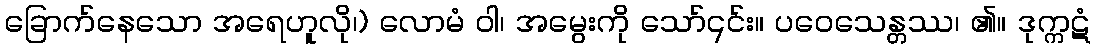
ခြောက်နေသော အရေဟူလို၊) လောမံ ဝါ၊ အမွေးကို သော်၎င်း။ ပဝေသေန္တဿ၊ ၏။ ဒုက္ကဋံ